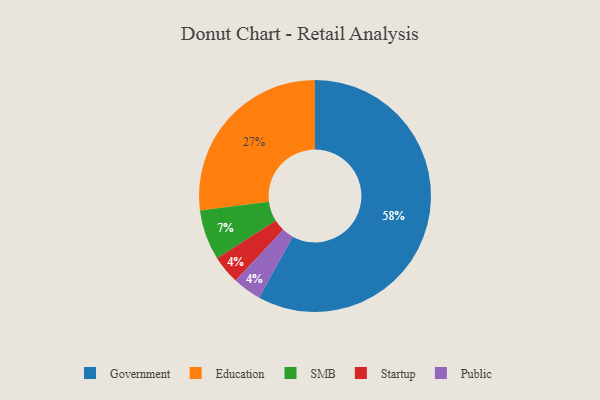
{"axis": {"x": "Category", "y": "Percentage"}, "legend": ["Education", "Government", "Public", "SMB", "Startup"], "data": [{"x": "Startup", "y": 4, "type": "Startup"}, {"x": "Government", "y": 58, "type": "Government"}, {"x": "Public", "y": 4, "type": "Public"}, {"x": "Education", "y": 27, "type": "Education"}, {"x": "SMB", "y": 7, "type": "SMB"}]}